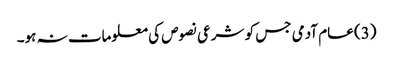
(3) عام آدمی جس کو شرعی نصوص کی معلومات نہ ہو۔